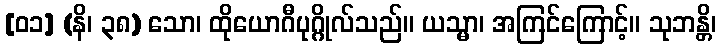
[၀၁] (နိ၊ ၃၈) သော၊ ထိုယောဂီပုဂ္ဂိုလ်သည်။ ယသ္မာ၊ အကြင်ကြောင့်။ သုဘန္တိ၊